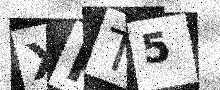
Text: XPT5